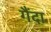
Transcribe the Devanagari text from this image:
गैंदा